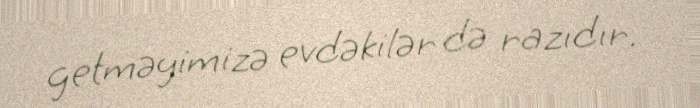
getməyimizə evdəkilər də razıdır.